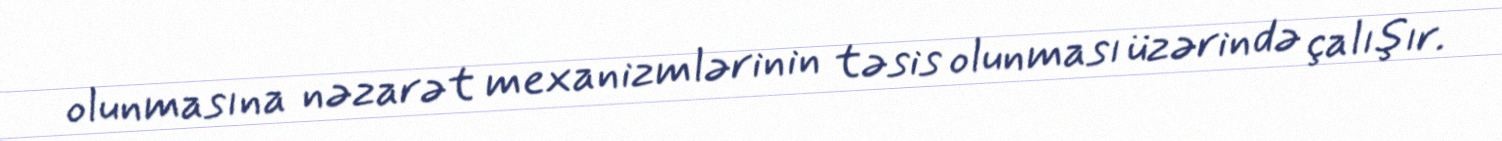
olunmasına nəzarət mexanizmlərinin təsis olunması üzərində çalışır.